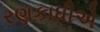
રણકાધીએ